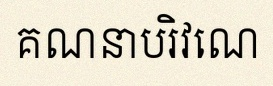
គណនាបរិវេណ